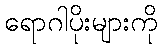
ရောဂါပိုးများကို